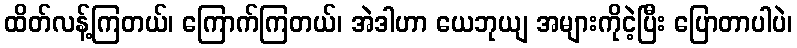
ထိတ်လန့်ကြတယ်၊ ကြောက်ကြတယ်၊ အဲဒါဟာ ယေဘုယျ အများကိုငဲ့ပြီး ပြောတာပါပဲ၊